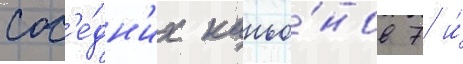
сос'е́дн'их каньо́нов 7 и́